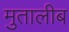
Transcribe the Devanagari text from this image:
मुतालीब